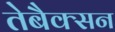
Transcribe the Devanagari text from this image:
तेबैक्सन